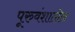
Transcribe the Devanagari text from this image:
पूरुवंशातील